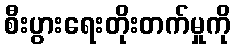
စီးပွားရေးတိုးတက်မှုကို